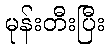
မုန်းတီးပြီး